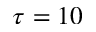
\tau = 1 0